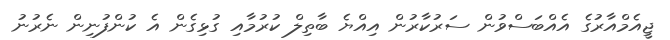
ޖީއެމްއާރުގެ އެއްބަސްވުން ސަރުކާރުން އިއްޔެ ބާތިލް ކުރުމާއި ގުޅިގެން އެ ކުންފުނިން ނެރުނު